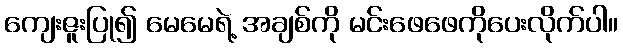
ကျေးဇူးပြု၍ မေမေရဲ့ အချစ်ကို မင်းဖေဖေကိုပေးလိုက်ပါ။